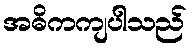
အဓိကကျပါသည်